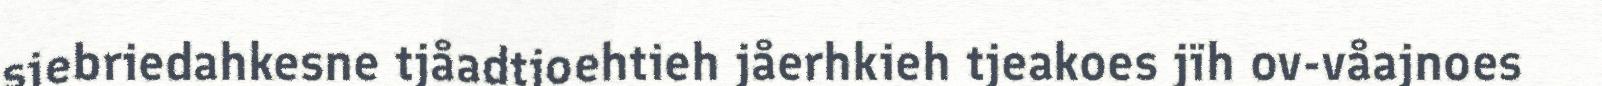
siebriedahkesne tjåadtjoehtieh jåerhkieh tjeakoes jïh ov-våajnoes